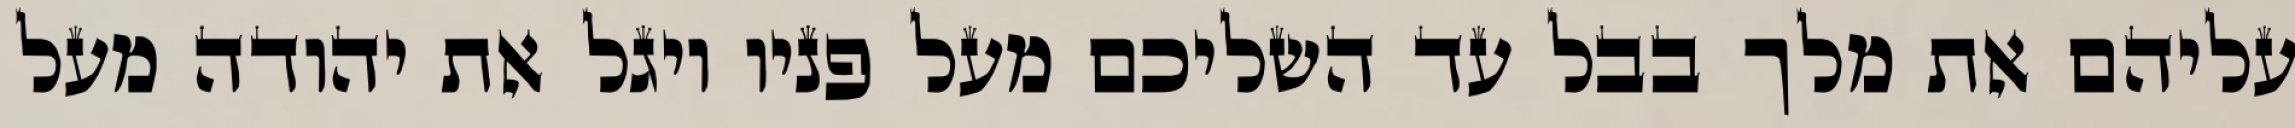
עליהם את מלך בבל עד השליכם מעל פניו ויגל את יהודה מעל